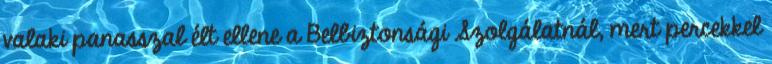
valaki panasszal élt ellene a Belbiztonsági Szolgálatnál, mert percekkel